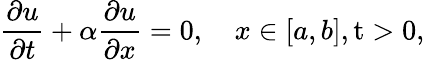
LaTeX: {\frac{\partial u}{\partial t}}+\alpha{\frac{\partial u}{\partial x}}=0,\quad x\in[a,b],\operatorname{t}>0,